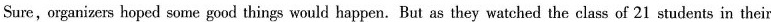
Sure,organizers hoped some good things would happen. But as they watched the class of 21 students in their